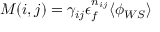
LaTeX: M ( i , j ) = \gamma _ { i j } \epsilon _ { f } ^ { n _ { i j } } \langle \phi _ { W S } \rangle